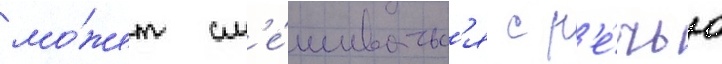
мо́жет см'е́шиватьс'я с р'е́чью